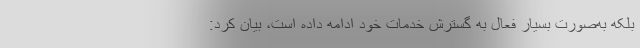
بلکه به‌صورت بسیار فعال به گسترش خدمات خود ادامه داده است، بیان کرد: